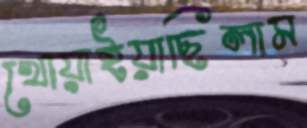
খোয়াইয়াছিলাম